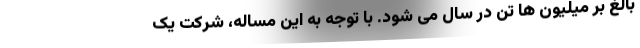
بالغ بر میلیون ها تن در سال می شود. با توجه به این مساله، شرکت یک